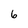
Character: 6